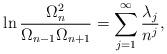
LaTeX: \begin{align*}\ln \frac{\Omega _{n}^{2}}{\Omega _{n-1}\Omega _{n+1}}=\sum_{j=1}^{\infty }\frac{\lambda _{j}}{n^{j}}, \end{align*}